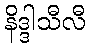
နိဒ္ဒါသီလီ